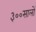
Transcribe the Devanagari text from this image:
३००सालों